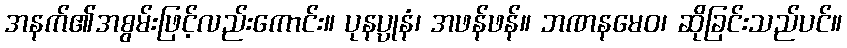
အနက်၏အစွမ်းဖြင့်လည်းကောင်း။ ပုနပ္ပုနံ၊ အဖန်ဖန်။ ဘဏနမေဝ၊ ဆိုခြင်းသည်ပင်။